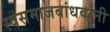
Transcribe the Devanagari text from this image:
स्वसमाजबांधवांनी